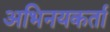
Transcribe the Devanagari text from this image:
अभिनयकर्ता